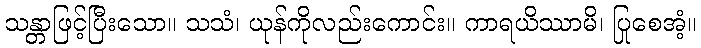
သန္တာဖြင့်ပြီးသော။ သသံ၊ ယုန်ကိုလည်းကောင်း။ ကာရယိဿာမိ၊ ပြုစေအံ့။